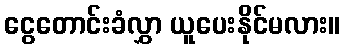
ငွေတောင်းခံလွှာ ယူပေးနိုင်မလား။